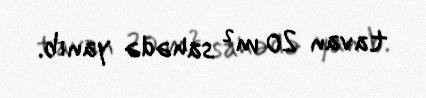
tavan 20 m² sahədə yanıb.